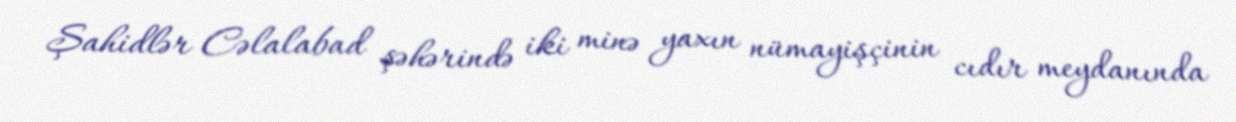
Şahidlər Cəlalabad şəhərində iki minə yaxın nümayişçinin cıdır meydanında